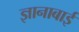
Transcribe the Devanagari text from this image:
ज्ञानाबाई